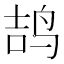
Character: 𱉥